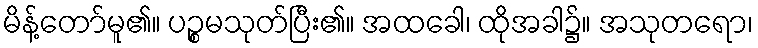
မိန့်တော်မူ၏။ ပဉ္စမသုတ်ပြီး၏။ အထခေါ၊ ထိုအခါ၌။ အသုတရော၊